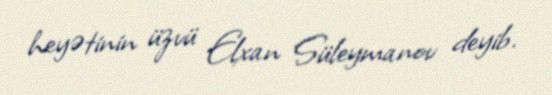
heyətinin üzvü Elxan Süleymanov deyib.